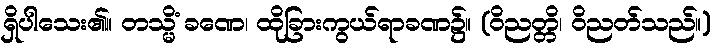
ရှိပါသေး၏။ တသ္မိံ ခဏေ၊ ထိုခြားကွယ်ရာခဏ၌။ (ဝိညတ္တိ၊ ဝိညတ်သည်။)